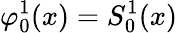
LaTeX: \varphi_{0}^{1}(x)=S_{0}^{1}(x)